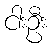
ငါးဦး